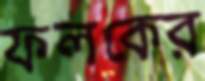
ফলকের